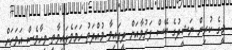
މީގެ ކުރިން ނަޝީދުގެ ބޭސް ފަރުވާއަށް ދީފައިވާ މުއްދަތު ހަމަވެފައިވާތީ ވީހާވެސް އަވަހަށް